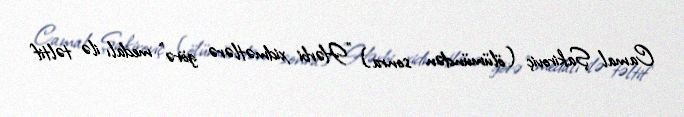
Camal Şakiroviç (ölümündən sonra) "Hərbi xidmətlərə görə" medalı ilə təltif